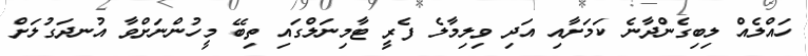
ހައްލެއް ލިބިގެންދާނެ ކަމަށާއި އަދި ވިލިމާލެ ފެރީ ޓާމިނަލްގައި ތިބޭ މީހުންނަށްވާ އުނދަގުލަށް